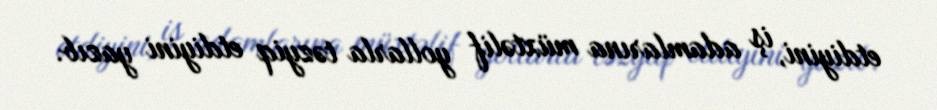
etdiyini, iş adamlarına müxtəlif yollarla təzyiq etdiyini yazıb.